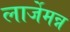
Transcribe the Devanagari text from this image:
लार्जेमन्न